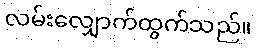
လမ်းလျှောက်ထွက်သည်။